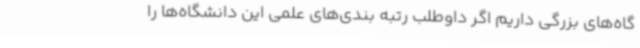
گاه‌های بزرگی داریم اگر داوطلب رتبه بندی‌های علمی این دانشگاه‌ها را